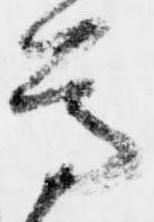
尊